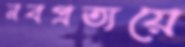
নবপ্রত্যয়ে